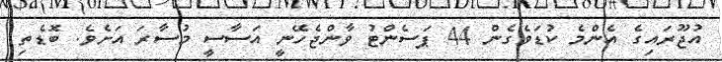
އުޖޫރައިގެ އެންމެ ކުޑަވެގެން 44 ޕަސެންޓު ވާންޖެހޭނީ އަސާސީ މުސާރަ އަށެވެ. ބޮޑެތި